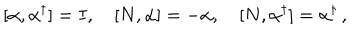
LaTeX: [ \alpha , \alpha ^ { \dagger } ] = I , \quad [ N , \alpha ] = - \alpha , \quad [ N , \alpha ^ { \dagger } ] = \alpha ^ { \dagger } \, { , }